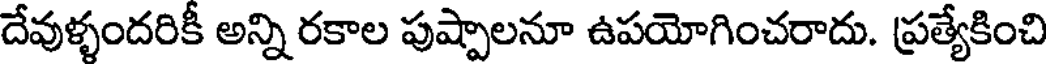
దేవుళ్ళందరికీ అన్ని రకాల పుష్పాలనూ ఉపయోగించరాదు. ప్రత్యేకించి